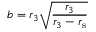
b = r _ { 3 } { \sqrt { \frac { r _ { 3 } } { r _ { 3 } - r _ { \mathrm { { s } } } } } }